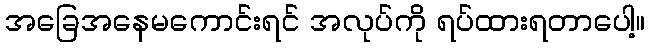
အခြေအနေမကောင်းရင် အလုပ်ကို ရပ်ထားရတာပေါ့။